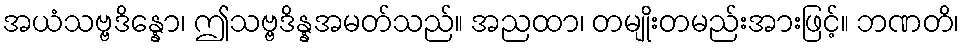
အယံသဗ္ဗဒိန္နော၊ ဤသဗ္ဗဒိန္နအမတ်သည်။ အညထာ၊ တမျိုးတမည်းအားဖြင့်။ ဘဏတိ၊